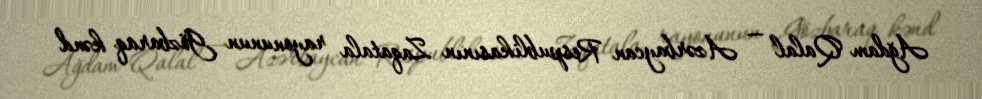
Ağdam Qalal — Azərbaycan Respublikasının Zaqatala rayonunun Gözbaraq kənd